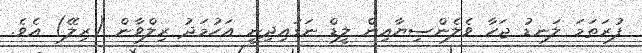
ފުރަތަމަ ލަނޑު ޖަހާ ވެލެންސިޔާއިން ލީޑް ނަގައިދިނީ އަހުމަދު ރިލްވާން (ރިލޭ) އެވެ.